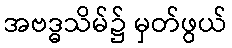
အဗဒ္ဓသိမ်၌ မှတ်ဖွယ်